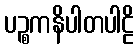
ပဉ္စကနိပါတပါဠိ